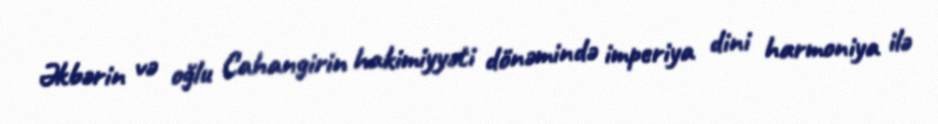
Əkbərin və oğlu Cahangirin hakimiyyəti dönəmində imperiya dini harmoniya ilə